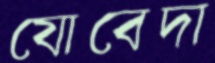
যোবেদা